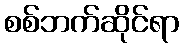
စစ်ဘက်ဆိုင်ရာ